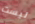
ليست